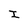
Character: I